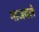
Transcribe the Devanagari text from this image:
माजवले